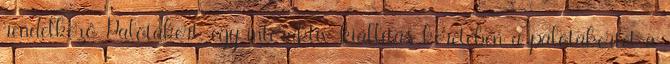
rendelkező Palotakert, egy interaktív kiállítás keretében a palotakertet a